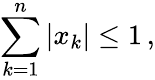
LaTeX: \sum_{k=1}^{n}|x_{k}|\leq 1\, ,